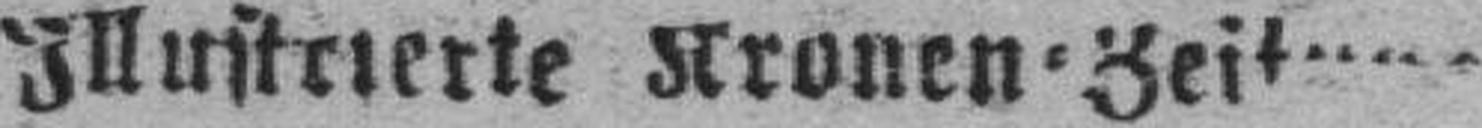
Illustrierte Kronen=Zeitung